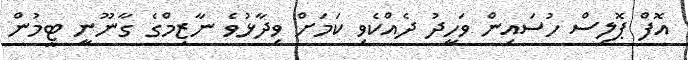
އޮފް ޕޮލިސް ހުސައިން ވަހީދު ދެއްކެވި ކަމަށް ވިދާޅުވެ ނާޒިމްގެ ގާނޫނީ ޓީމުން